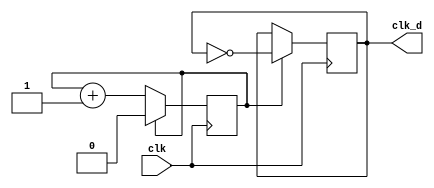
`timescale 1ns / 1ps

module clk_div(clk, clk_d);
    parameter div_value = 1;
    input clk;
    output clk_d;
    reg clk_d;
    reg count;
    
    initial
    begin
        count = 0;
        clk_d = 0;
    end
    
    always @(posedge clk)
    begin 
        if (count == div_value)
        begin
            count <= 0;
            clk_d <= ~clk_d;
        end
        else
            count <= count + 1;
    end    
endmodule